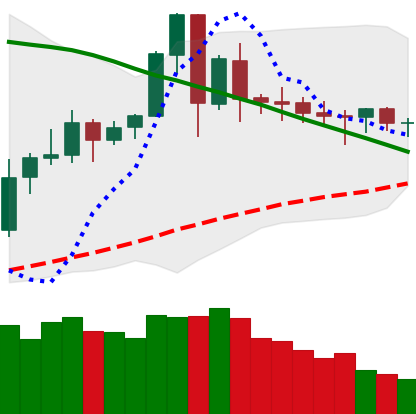
Ticker: ETC-USD
Chart end date: 2020-06-10
Forward return: -8.145%
Label: down_7plus